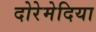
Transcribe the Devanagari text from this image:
दोरेमेदिया